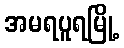
အမရပူရမြို့